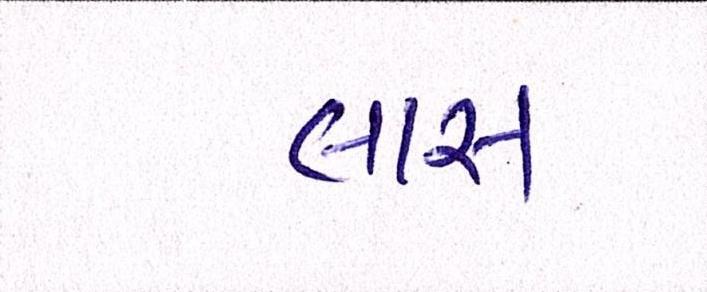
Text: લાસ